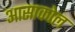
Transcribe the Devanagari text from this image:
आसाकोल